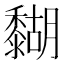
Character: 𪐉